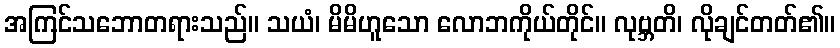
အကြင်သဘောတရားသည်။ သယံ၊ မိမိဟူသော လောဘကိုယ်တိုင်။ လုဗ္ဘတိ၊ လိုချင်တတ်၏။